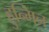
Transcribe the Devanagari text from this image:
हुन्मिन